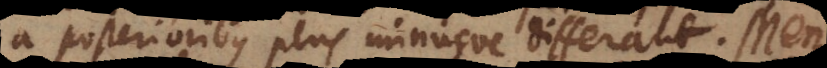
a posterioribus plus minusve differant. Men